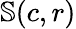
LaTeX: \mathbb{S}(c,r)